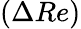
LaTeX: (\Delta Re)